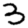
Digit: 3